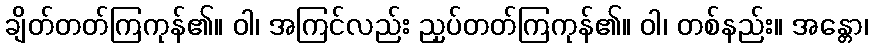
ချိတ်တတ်ကြကုန်၏။ ဝါ၊ အကြင်လည်း ညှပ်တတ်ကြကုန်၏။ ဝါ၊ တစ်နည်း။ အန္တော၊